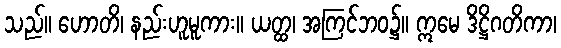
သည်။ ဟောတိ၊ နည်းဟူမူကား။ ယတ္ထ၊ အကြင်ဘဝ၌။ ဣမေ ဒိဋ္ဌိဂတိကာ၊